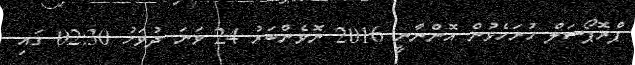
ޕްރޮޕޯސަލް ހުށަހެޅުން އޮންނާނީ 2016 ނޮވެންބަރު 24 ވަނަ ދުވަހު 02:30 ގައި